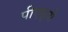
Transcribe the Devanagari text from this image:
पीएछ्पी